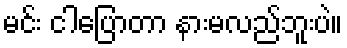
မင်း ငါပြောတာ နားမလည်ဘူးပဲ။